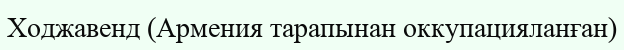
Ходжавенд (Армения тарапынан оккупацияланған)